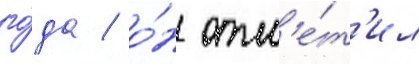
го́да / о́н отм'е́т'ил